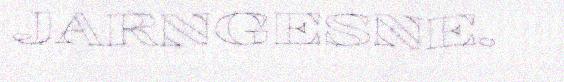
JARNGESNE.